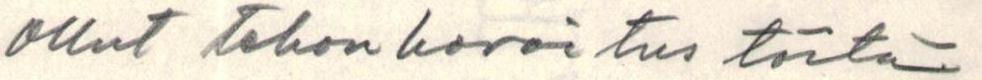
ollut tehon koroitus töitä